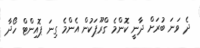
ދެ ވަނަ ބުރަށް ދާނީ ކޮންމެ ގްރޫޕަކުން އެންމެ ގިނަ ޕޮއިންޓް ހޯދާ